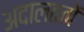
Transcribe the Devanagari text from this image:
अदालततों